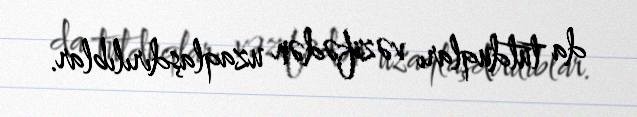
da tutduqları vəzifədən uzaqlaşdırılıblar.